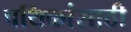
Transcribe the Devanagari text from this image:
पथिकांसाठी